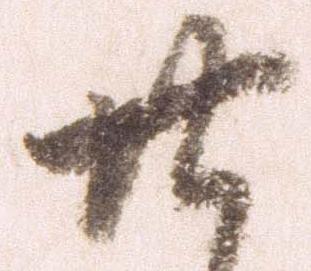
廿